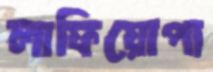
লাফিয়োপা